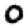
Digit: 0